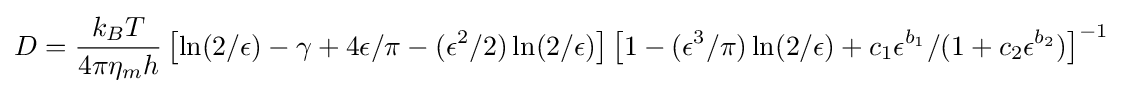
D={\frac {k_{B}T}{4\pi \eta _{m}h}}\left[\ln(2/\epsilon )-\gamma +4\epsilon /\pi -(\epsilon ^{2}/2)\ln(2/\epsilon )\right]\left[1-(\epsilon ^{3}/\pi )\ln(2/\epsilon )+c_{1}\epsilon ^{b_{1}}/(1+c_{2}\epsilon ^{b_{2}})\right]^{-1}